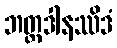
ဘတ္တဒါနဿိဒံ